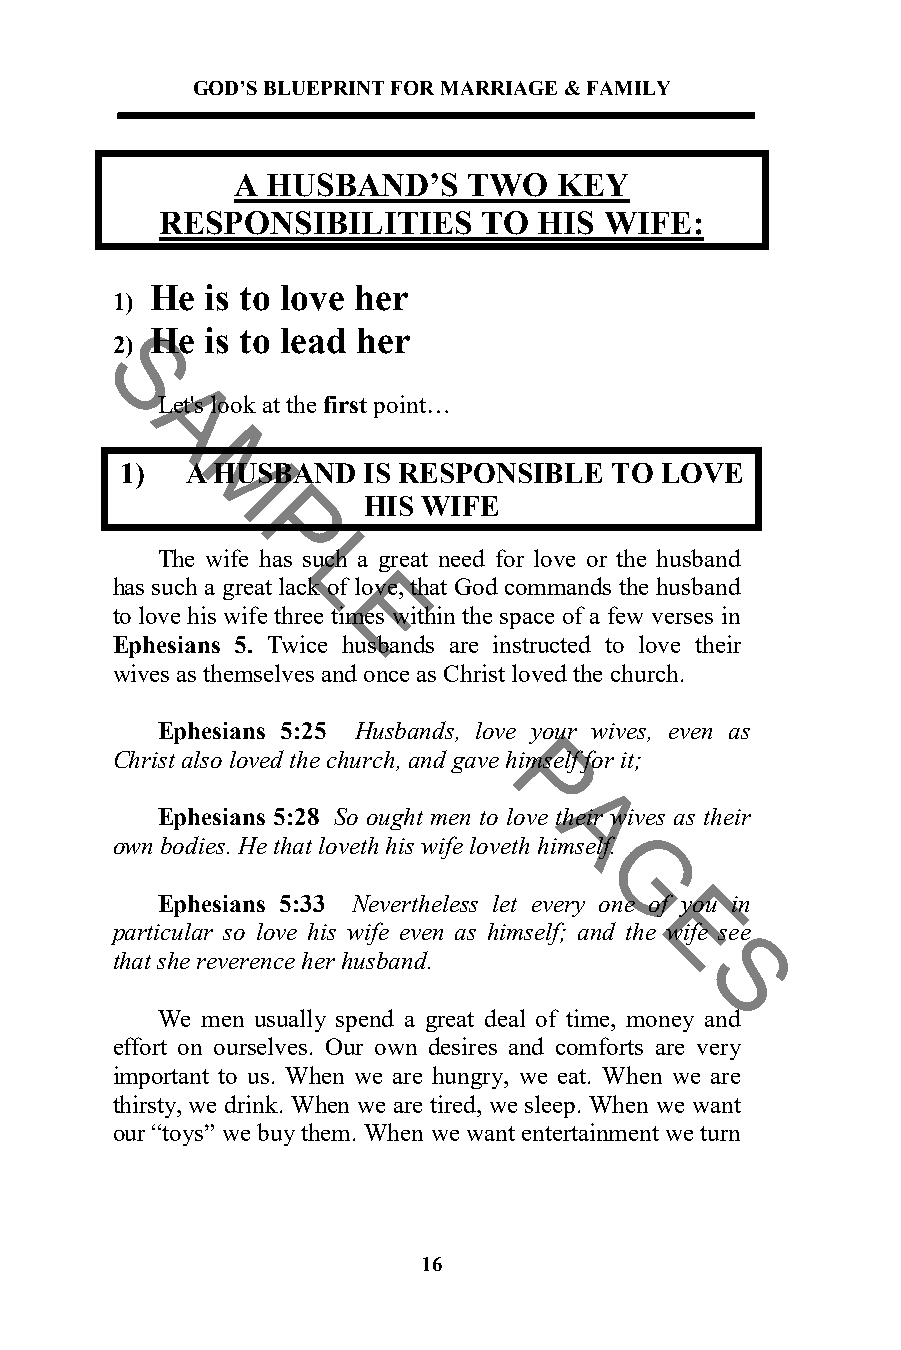
GOD’S BLUEPRINT FOR MARRIAGE & FAMILY
 A  HUSBAND’S    TWO   KEY
 RESPONSIBILITIES     TO  HIS WIFE:
 He  is to love her
 1)
 He  is to lead her
 2)
 S
 Let's look at the first point…
 A
 1)  A HUSBAND   IS RESPONSIBLE  TO  LOVE
 M
 HIS WIFE
 P
 The wife has such a great need for love or the husband
 L
 has such a great lack of love, that God commands the husband
 to love his wife three Etimes within the space of a few verses in
 Ephesians 5. Twice husbands are instructed to love their
 wives as themselves and once as Christ loved the church.
 Ephesians 5:25 Husbands, love your wives, even as
 Christ also loved the church, and gave himself for it;
 P
 Ephesians 5:28 So ought men to love their wives as their
 A
 own bodies. He that loveth his wife loveth himself.
 G
 Ephesians 5:33 Nevertheless let every one of you in
 particular so love his wife even as himself; and thEe wife see
 that she reverence her husband.
 S
 We men usually spend a great deal of time, money and
 effort on ourselves. Our own desires and comforts are very
 important to us. When we are hungry, we eat. When we are
 thirsty, we drink. When we are tired, we sleep. When we want
 our “toys” we buy them. When we want entertainment we turn
 16